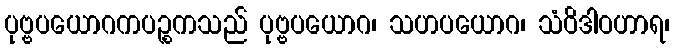
ပုဗ္ဗပယောဂကပဉ္စကသည် ပုဗ္ဗပယောဂ၊ သဟပယောဂ၊ သံဝိဒါဝဟာရ၊